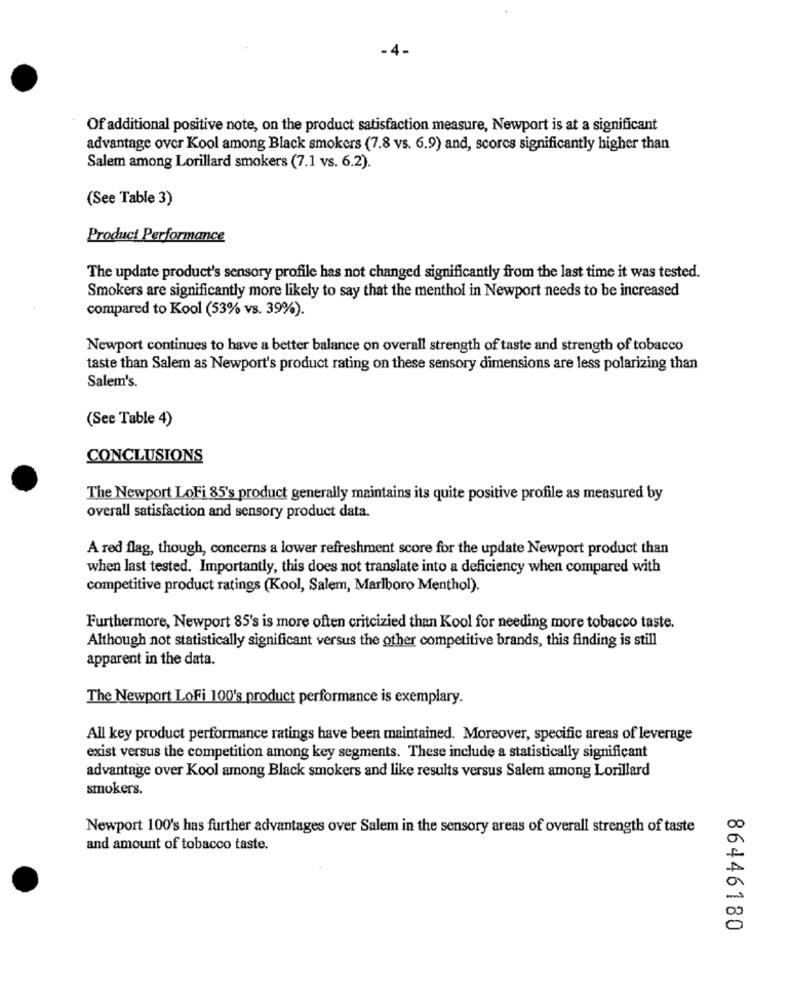
-4.
Of additional positive note, on the product satisfaction measure, Newport is at a significant
advantage over Kool among Black smokers (7.8 vs. 6.9) and, scores significantly higher than
Salem among Lorillard smokers (7.1 vs. 6.2).
(See Table 3)
Product Performance
The update product's sensory profile has not changed significantly from the last time it was tested.
Smokers are significantly more likely to say that the menthol in Newport needs to be increased
compared to Kool (53% vs. 39%).
Newport continues to have a better balance on overall strength of taste and strength of tobacco
taste than Salem as Newport's product rating on these sensory dimensions are less polarizing than
Salem's.
(See Table 4)
CONCLUSIONS
The Newport LoFi 85's product generally maintains its quite positive profile as measured by
overall satisfaction and sensory product data.
A red flag, though, concerns a lower refreshment score for the update Newport product than
when last tested. Importantly, this does not translate into a deficiency when compared with
competitive product ratings (Kool, Salem, Marlboro Menthol).
Furthermore, Newport 85's is more often critcizied than Kool for needing more tobacco taste.
Although not statistically significant versus the other competitive brands, this finding is still
apparent in the data.
The Newport LoFi 100's product performance is exemplary.
All key product performance ratings have been maintained. Moreover, specific areas of leverage
exist versus the competition among key segments. These include a statistically significant
advantage over Kool among Black smokers and like results versus Salem among Lorillard
smokers.
Newport 100's has further advantages over Salem in the sensory areas of overall strength of taste
and amount of tobacco taste.
86446180